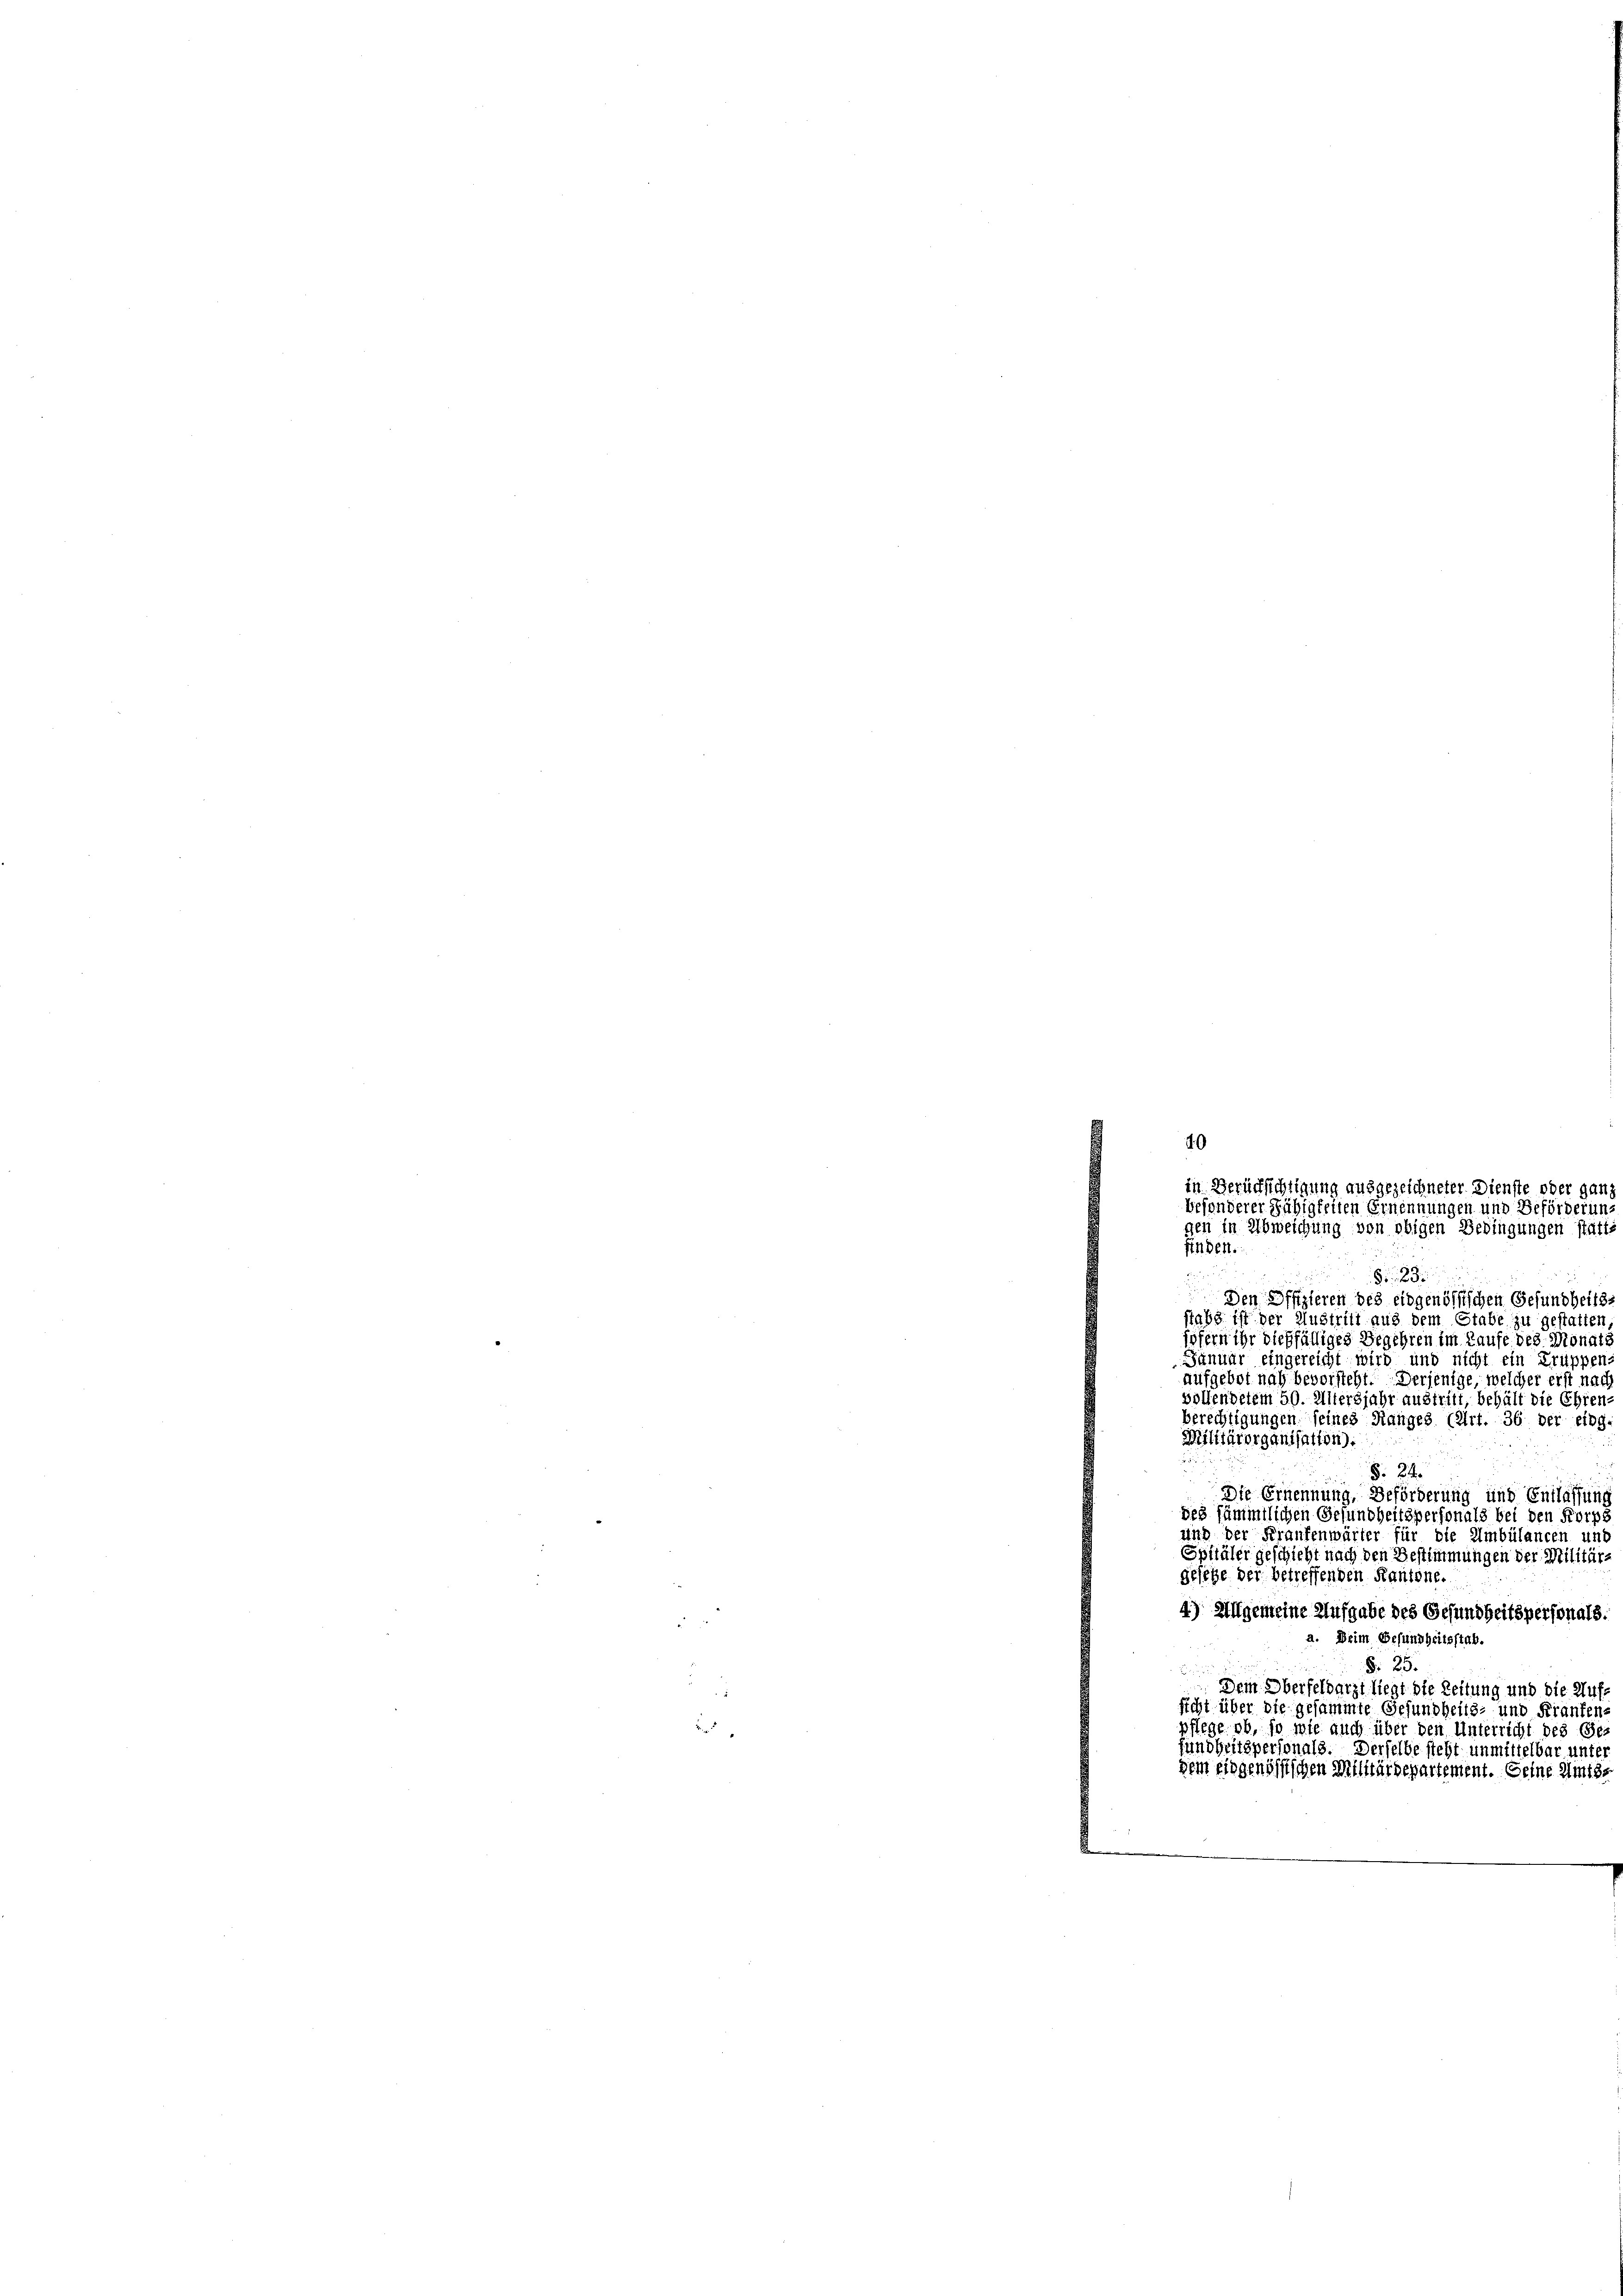
finden.
wird
Den Offizieren des eidgenössischen Gesundheits
stabe ist der Austritt aus dem Stabe zu gestatten
sofern ihr dießfälliges Begehren im Laufe des Monats
Januar eingereicht wird und nicht ein Krüppen-
aufgebot nah bevorsteht. Derjenige, welcher erst nach
vollendetem 50. Altersjahr austritt, behält die Ehren,
berechtigungen seines Ranges (Art. 36 der eidg.
Militärorganisation):
§. 24.
Die Ernennung, Beförderung und Entlassung
des sämmtlichen Gesundheitspersonals bei den Korps
und der Fraukenwärter für die Umbülancen und
Spitäler geschieht nach den Bestimmungen der Militär-
Gesetze der betreffenden Kantone.
4) Allgemeine Aufgabe des Gesundheitspersonals.
a. Beim Gesundheitsstab.
§. 25

Dem Oberfeldarzt liegt die Leitung und die Auf
sicht über die gesammte Gesundheits- und Franken-
pflege ob, so wie auch über den Unterricht des Gefundheitspersonals. Derselbe steht unmittelbar unter
dem eidgenössischen Militärdepartement. Seine Amts¬

in Berücksichtigung ausgezeichneter Dienste oder ganz
besonderer Fähigkeiten Ernennungen und Beförderung
gen in Abweichung von obigen Bedingungen statt

40

8 189